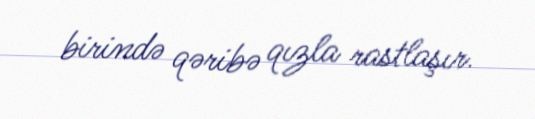
birində qəribə qızla rastlaşır.